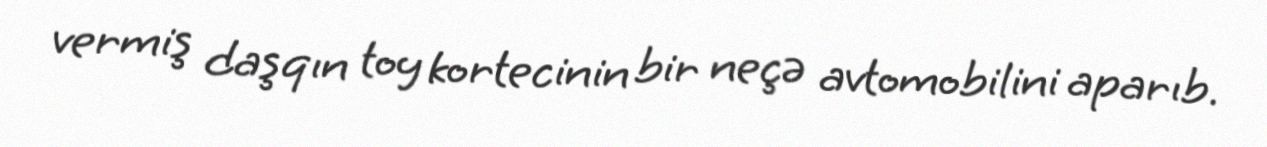
vermiş daşqın toy kortecinin bir neçə avtomobilini aparıb.